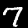
Digit: 7